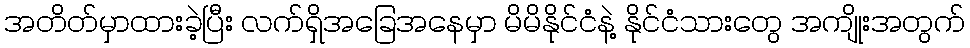
အတိတ်မှာထားခဲ့ပြီး လက်ရှိအခြေအနေမှာ မိမိနိုင်ငံနဲ့ နိုင်ငံသားတွေ အကျိုးအတွက်